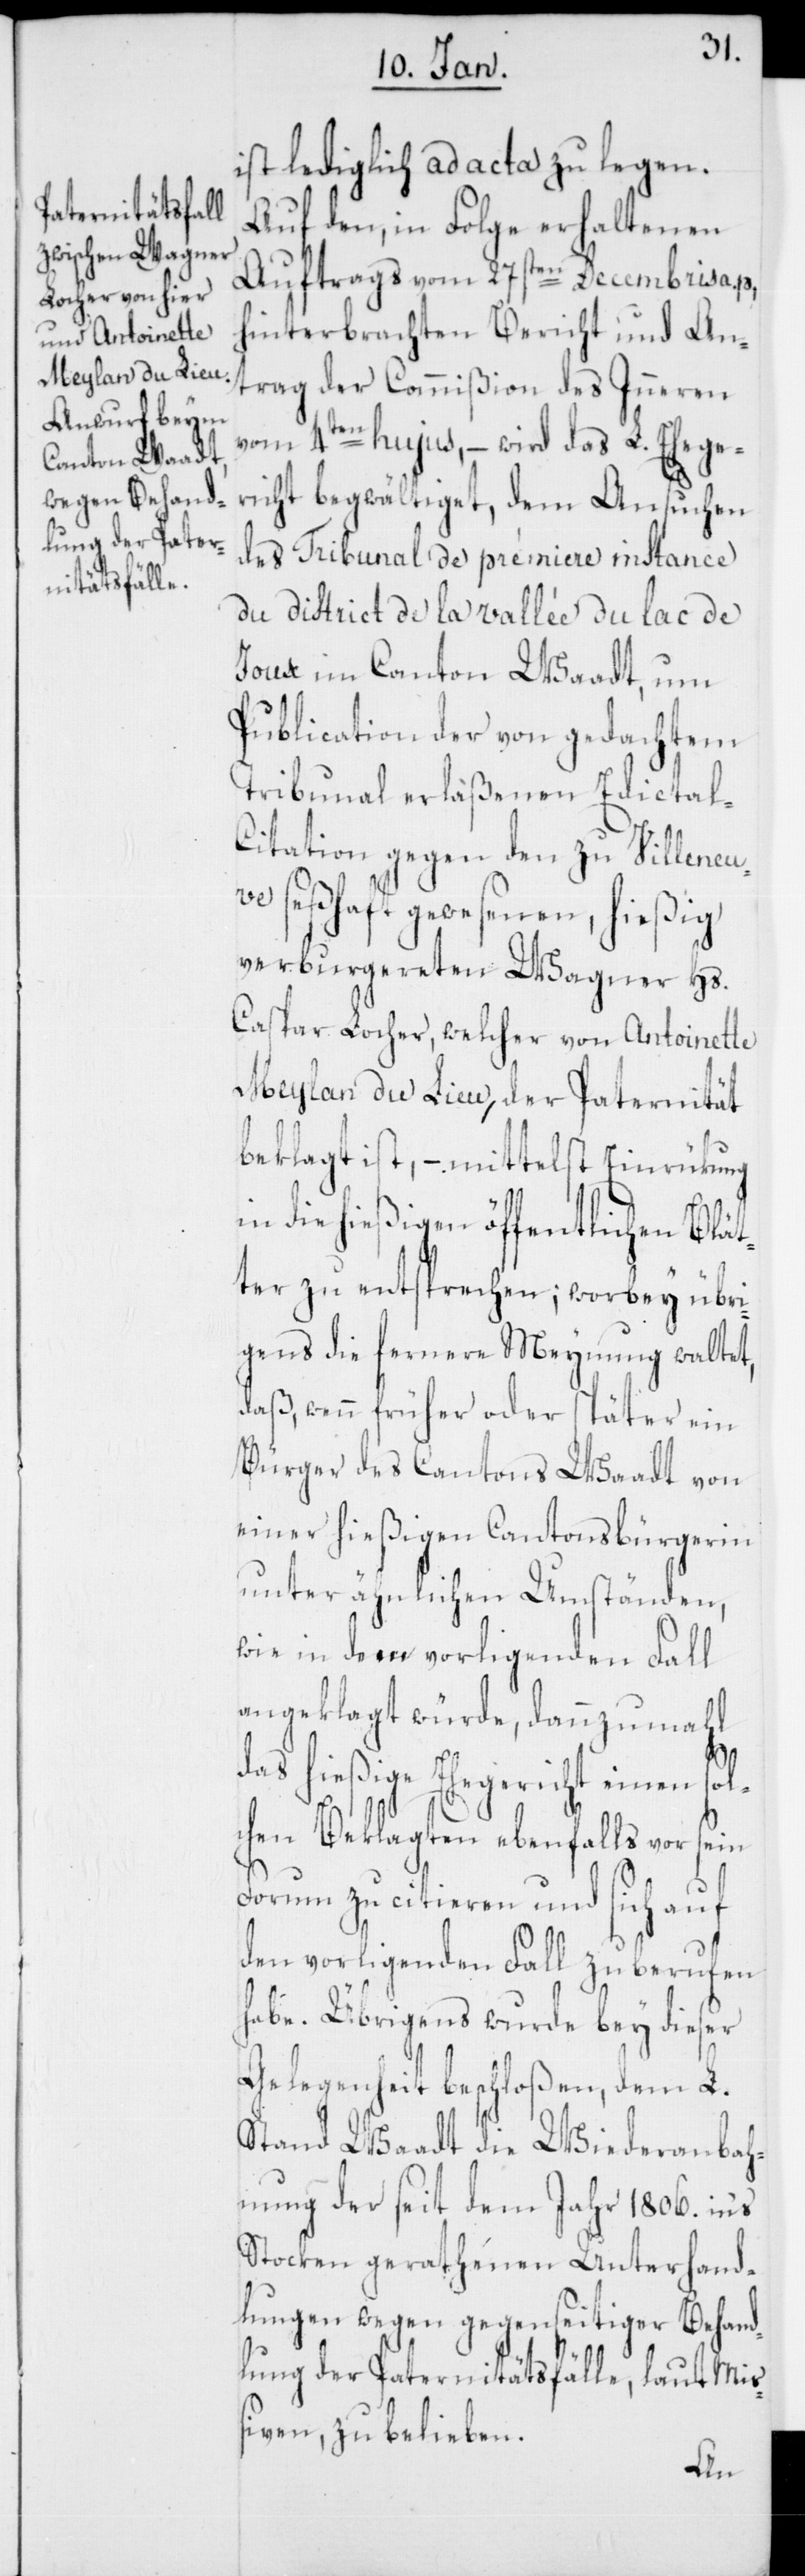
ist lediglich ad acta zu legen.
Auf den, in Folge erhaltenen
Auftrags vom 27sten Decembris a. p.
hinterbrachten Bericht und An¬
trag der Commißion des Inneren
vom 4ten hujus, – wird das L. Ehege¬
richt begwältiget, dem Ansuchen
des Tribunal de prémiere [sic!] instance
du district de la vallée du lac de
Joux im Canton Waadt, um
Publication der von gedachtem
Tribunal erlaßenen Edictal-C¬
itation gegen den zu Villeneu¬
ve seßhaft gewesenen, hießig
verburgereten Wagner Hs.
Caspar Locher, welcher von Antoinette
Meylan du Lieu, der Paternität
beklagt ist, – mittelst Einrükung
in die hießigen öffentlichen Blät¬
ter zu entsprechen; worbey übri¬
gens die fernere Meynung waltet,
daß wenn früher oder später ein
Bürger des Cantons Waadt von
einer hießigen Cantonsbürgerin
unter ähnlichen Umständen,
wie in dem vorligenden Fall
angeklagt würde, dannzumahl
das hießige Ehegericht einen sol¬
chen Beklagten ebenfalls vor sein
Forum zu citieren und sich auf
den vorligenden Fall zu berufen
habe. Übrigens wurde bey dieser
Gelegenheit beschloßen, dem L.
Stand Waadt die Wiederanbah¬
nung der seit dem Jahr 1806. ins
Stocken gerathenen Unterhand¬
lungen wegen gegenseitiger Behand¬
lung der Paternitätsfälle, laut Mi¬
ßiven, zu belieben.